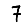
Digit: 7